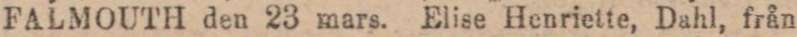
FALMOUTH den 23 mars. Elise Henriette, Dahl, från